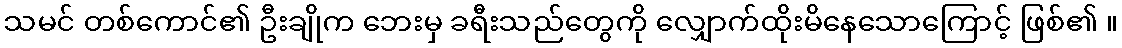
သမင် တစ်ကောင်၏ ဦးချိုက ဘေးမှ ခရီးသည်တွေကို လျှောက်ထိုးမိနေသောကြောင့် ဖြစ်၏ ။